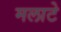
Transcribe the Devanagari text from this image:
मलाटे